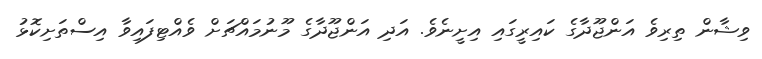
ވިޝާން ތިރިވެ އަންޖޫދާގެ ކައިރީގައި އިށީނެވެ. އަދި އަންޖޫދާގެ މޫނުމައްޗަށް ވެއްޓިފައިވާ އިސްތަށިކޮޅު